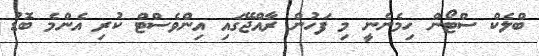
ބްލެކް ސްޓޯން ހިމެނެނީ މި ފަހުން ރާއްޖޭގައި އިންވެސްޓް ކުރި އެންމެ ބޮޑު